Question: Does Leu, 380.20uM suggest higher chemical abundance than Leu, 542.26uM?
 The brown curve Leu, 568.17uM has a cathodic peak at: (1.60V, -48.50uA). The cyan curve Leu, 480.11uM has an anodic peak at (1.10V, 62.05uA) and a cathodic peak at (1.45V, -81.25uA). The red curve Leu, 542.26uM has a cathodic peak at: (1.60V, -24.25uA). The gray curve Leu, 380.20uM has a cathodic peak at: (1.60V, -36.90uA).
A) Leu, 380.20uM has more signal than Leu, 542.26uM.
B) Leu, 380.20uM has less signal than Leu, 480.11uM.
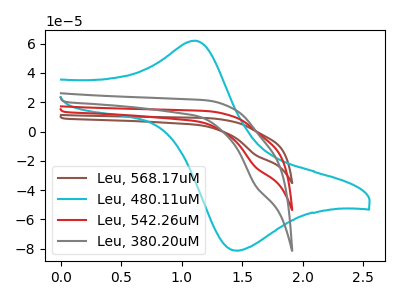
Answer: <think>All the peaks in "Leu, 380.20uM" have a peak in "Leu, 542.26uM" at the same potential. Every peak in "Leu, 380.20uM" is higher than every peak in "Leu, 542.26uM".
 </think>
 <answer>A) "Leu, 380.20uM" has more signal than "Leu, 542.26uM".</answer>
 <eval>A</eval>